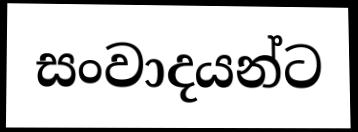
සංවාදයන්ට